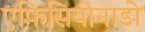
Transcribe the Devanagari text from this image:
एफ़िसियोनाडो